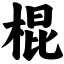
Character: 棍